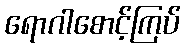
ရောဂါစောင့်ကြပ်